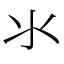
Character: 氺